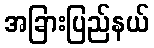
အခြားပြည်နယ်